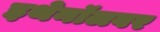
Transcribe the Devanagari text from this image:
इथेनॉलवर